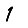
Digit: 1